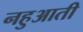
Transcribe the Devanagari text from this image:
नहुआती